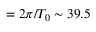
= 2 \pi / T _ { 0 } \sim 3 9 . 5